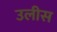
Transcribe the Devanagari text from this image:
उलीस